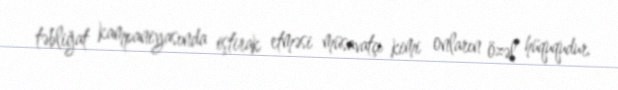
təbliğat kampaniyasında iştirak etməsi müsavatçı kimi onların özəl hüququdur.